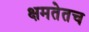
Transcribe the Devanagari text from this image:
क्षमतेतच